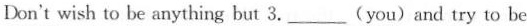
Don't wish to be anything but 3.___(you)and try to be